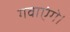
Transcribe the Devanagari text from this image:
गवाएंगे।